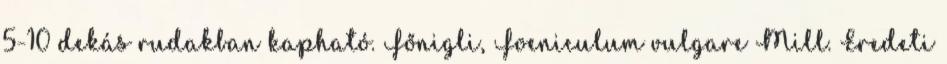
5-10 dekás rudakban kapható. Főnigli, Foeniculum vulgare Mill. Eredeti